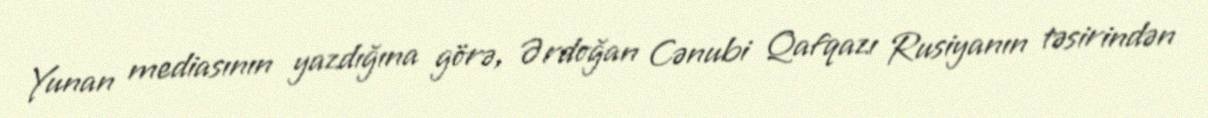
Yunan mediasının yazdığına görə, Ərdoğan Cənubi Qafqazı Rusiyanın təsirindən